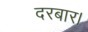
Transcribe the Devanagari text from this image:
दरबार।